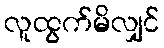
လူထွက်မိလျှင်